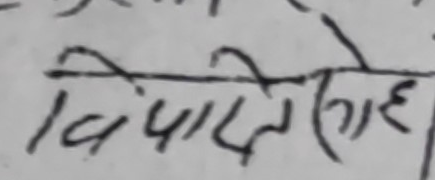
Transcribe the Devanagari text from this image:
विपारेगहे